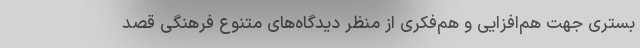
بستری جهت هم‌افزایی و هم‌فکری از منظر دیدگاه‌های متنوع فرهنگی قصد